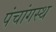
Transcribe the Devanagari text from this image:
पंचांगस्थ